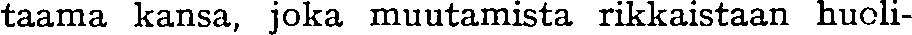
taama kansa, joka muutamista rikkaistaan huoli-